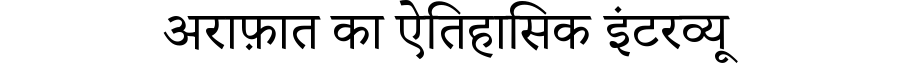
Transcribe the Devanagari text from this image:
अराफ़ात का ऐतिहासिक इंटरव्यू